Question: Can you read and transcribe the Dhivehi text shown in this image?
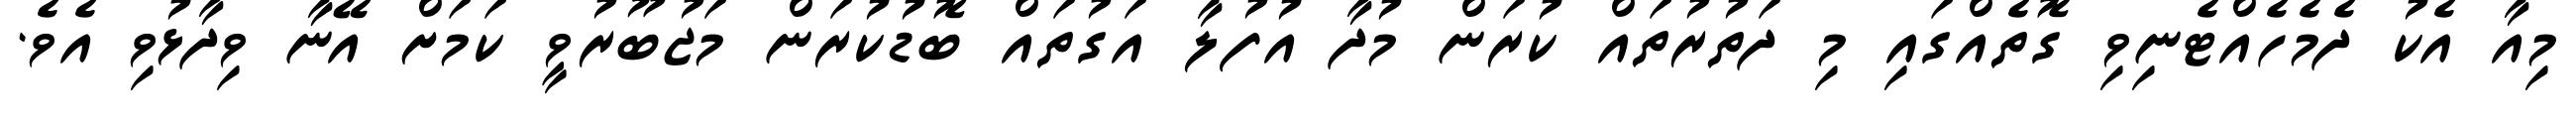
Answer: މިއާ އެކު ދެމެހެއްޓެނިވި ގޮތެއްގައި މި ދަތުރުތައް ކުރަން މުދާ އުފުލާ އަގުތައް ބޮޑުކުރަން މަޖުބޫރުވީ ކަމަށް އޭނާ ވިދާޅުވި އެވެ.